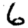
Digit: 6